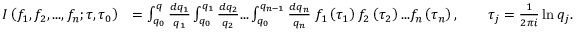
\begin{array} { r l } { I \left( f _ { 1 } , f _ { 2 } , . . . , f _ { n } ; \tau , \tau _ { 0 } \right) } & { = \int _ { q _ { 0 } } ^ { q } \frac { d q _ { 1 } } { q _ { 1 } } \int _ { q _ { 0 } } ^ { q _ { 1 } } \frac { d q _ { 2 } } { q _ { 2 } } . . . \int _ { q _ { 0 } } ^ { q _ { n - 1 } } \frac { d q _ { n } } { q _ { n } } \; f _ { 1 } \left( \tau _ { 1 } \right) f _ { 2 } \left( \tau _ { 2 } \right) . . . f _ { n } \left( \tau _ { n } \right) , \qquad \tau _ { j } = \frac { 1 } { 2 \pi i } \ln q _ { j } . } \end{array}